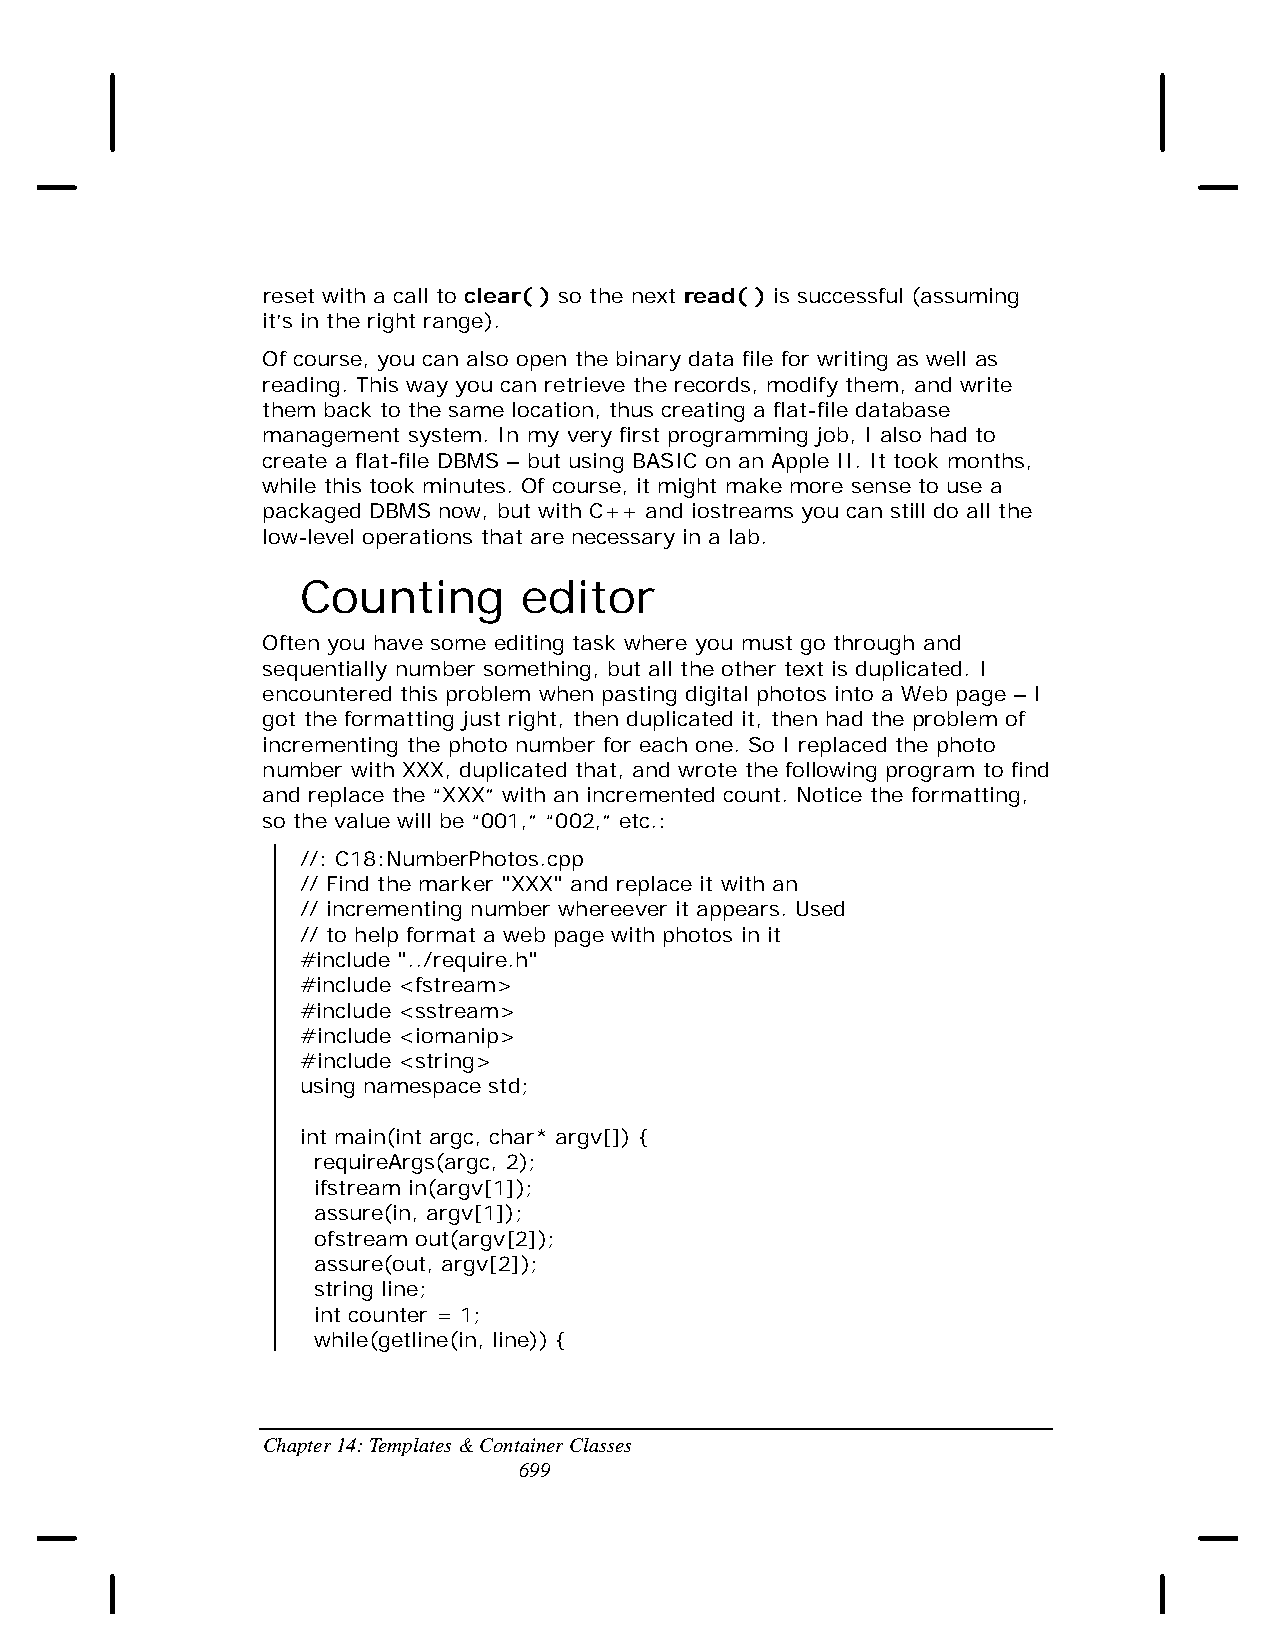
reset with a call to clear( ) so the next read( ) is successful (assuming
 it’s in the right range).
 Of course, you can also open the binary data file for writing as well as
 reading. This way you can retrieve the records, modify them, and write
 them back to the same location, thus creating a flat-file database
 management system. In my very first programming job, I also had to
 create a flat-file DBMS – but using BASIC on an Apple II. It took months,
 while this took minutes. Of course, it might make more sense to use a
 packaged DBMS now, but with C++ and iostreams you can still do all the
 low-level operations that are necessary in a lab.
 Counting       editor
 Often you have some editing task where you must go through and
 sequentially number something, but all the other text is duplicated. I
 encountered this problem when pasting digital photos into a Web page – I
 got the formatting just right, then duplicated it, then had the problem of
 incrementing the photo number for each one. So I replaced the photo
 number with XXX, duplicated that, and wrote the following program to find
 and replace the “XXX” with an incremented count. Notice the formatting,
 so the value will be “001,” “002,” etc.:
 //: C18:NumberPhotos.cpp
 // Find the marker "XXX" and replace it with an
 // incrementing number whereever it appears. Used
 // to help format a web page with photos in it
 #include "../require.h"
 #include <fstream>
 #include <sstream>
 #include <iomanip>
 #include <string>
 using namespace std;
 int main(int argc, char* argv[]) {
 requireArgs(argc, 2);
 ifstream in(argv[1]);
 assure(in, argv[1]);
 ofstream out(argv[2]);
 assure(out, argv[2]);
 string line;
 int counter = 1;
 while(getline(in, line)) {
 Chapter 14: Templates & Container Classes
 699